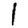
Digit: 1